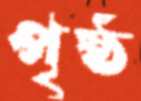
পৃষ্ঠ